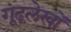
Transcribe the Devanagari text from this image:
गूढ़लेखों